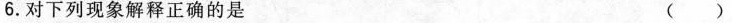
6.对下列现象解释正确的是 ()